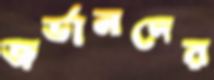
জর্ডানদের